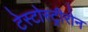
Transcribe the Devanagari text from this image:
टेस्टोस्ट्रीरोन